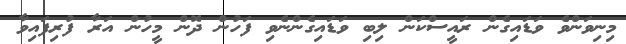
މިނިވަންވެ ވަޑައިގެން ރައީސްކަން ލިބި ވަޑައިގެންނެވި ފަހުން ދޮން މީހުން އަރާ ފުރިފައިވާ